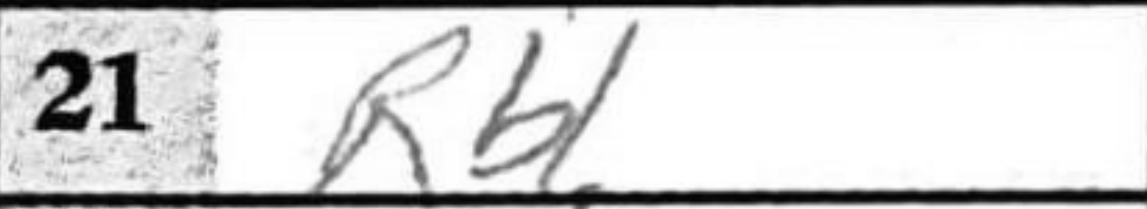
Transcription: Rb1